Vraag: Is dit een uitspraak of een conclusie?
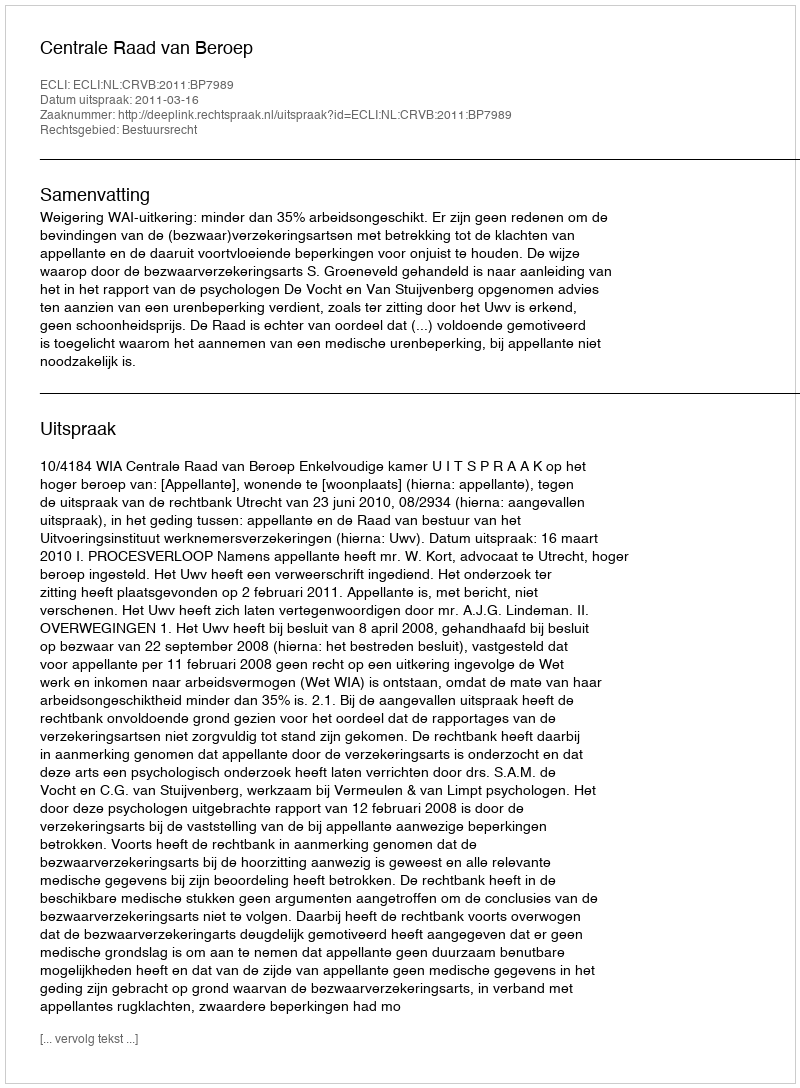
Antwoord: Uitspraak